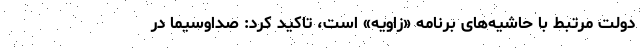
دولت مرتبط با حاشیه‌های برنامه «زاویه» است، تاکید کرد: صداوسیما در